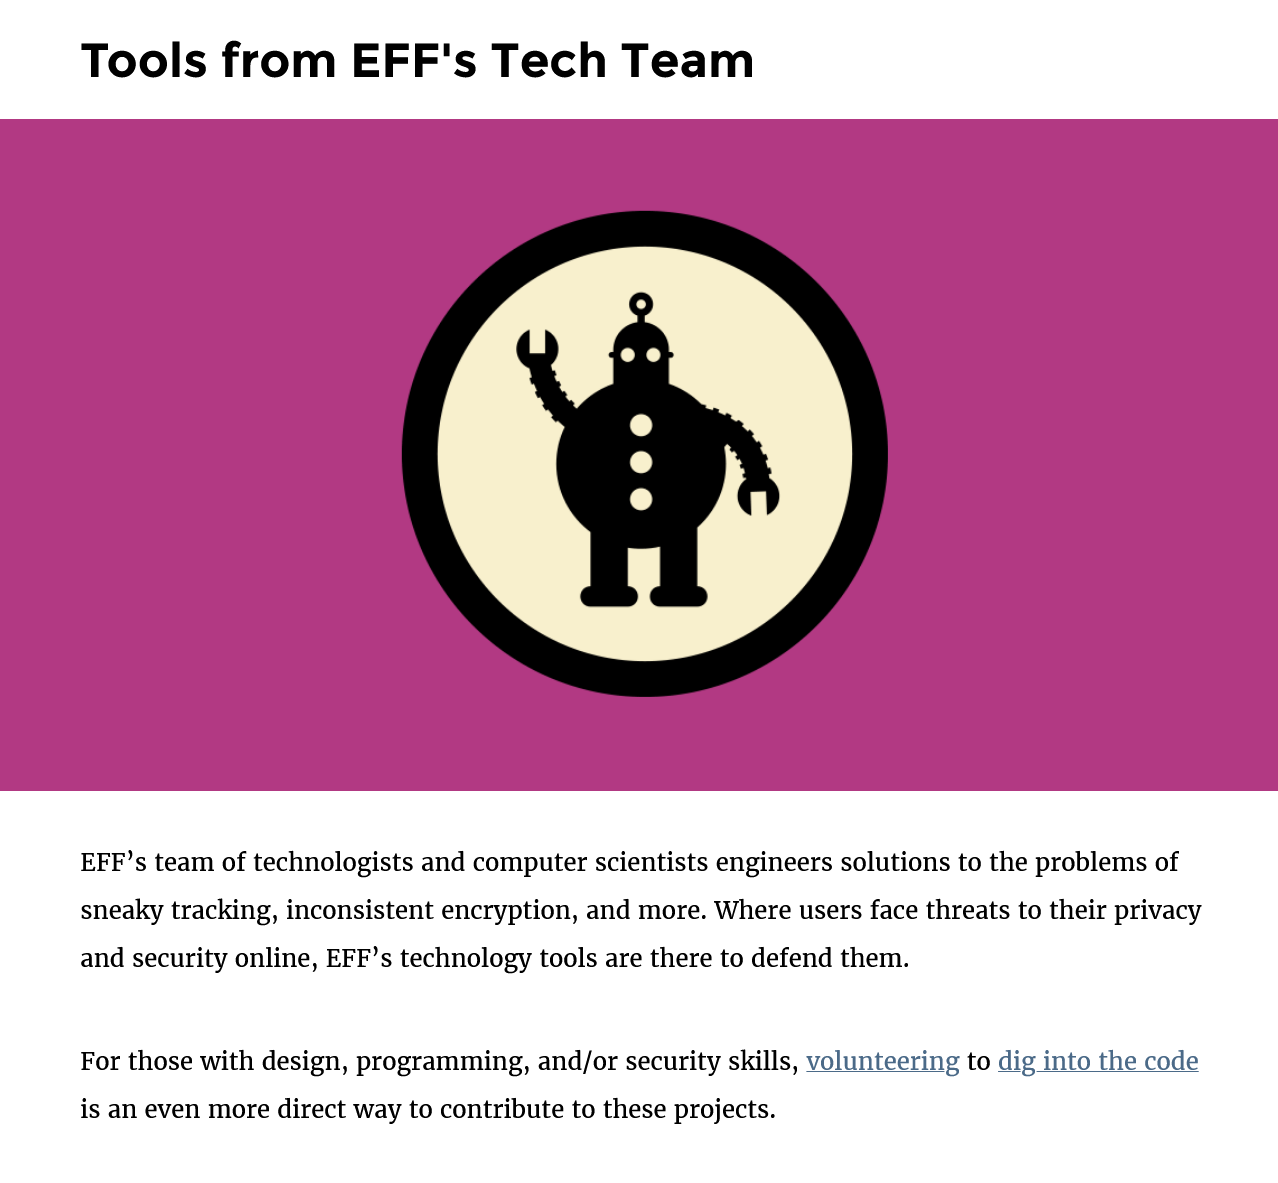
Tools    from    EFF's    Tech    Team
     For those with design, programming, and/or security skills, volunteering to dig into the code
     is an even more direct way to contribute to these projects.
     EFF’s team of technologists and computer scientists engineers solutions to the problems of
     sneaky tracking, inconsistent encryption, and more. Where users face threats to their privacy
     and security online, EFF’s technology tools are there to defend them.